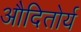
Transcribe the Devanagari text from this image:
औदितोर्य